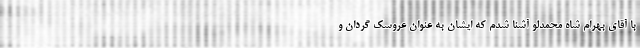
با آقای بهرام شاه محمدلو آشنا شدم که ایشان به عنوان عروسک گردان و